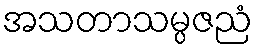
အသတာသမ္ပဇညံ